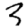
Digit: 3